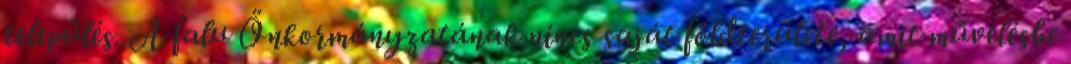
település. A falu Önkormányzatának nincs saját földterülete, amit művelésbe